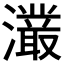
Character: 𭳖